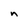
Character: n